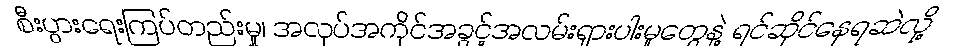
စီးပွားရေးကြပ်တည်းမှု၊ အလုပ်အကိုင်အခွင့်အလမ်းရှားပါးမှုတွေနဲ့ ရင်ဆိုင်နေရဆဲလို့